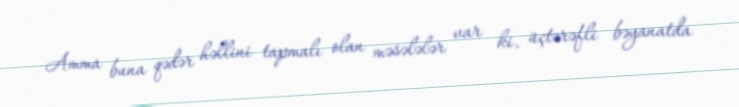
Amma buna qədər həllini tapmalı olan məsələlər var ki, üçtərəfli bəyanatda